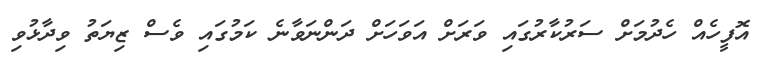
އޮފީހެއް ހެދުމަށް ސަރުކާރުގައި ވަރަށް އަވަހަށް ދަންނަވާނެ ކަމުގައި ވެސް ޒިޔަތު ވިދާޅުވި